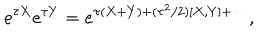
e ^ { \tau X } e ^ { \tau Y } = e ^ { \tau ( X + Y ) + ( \tau ^ { 2 } / 2 ) [ X , Y ] + \cdots } ,